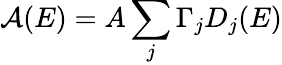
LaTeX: \mathcal{A}(E)=A\sum_{j}\Gamma_{j}D_{j}(E)